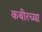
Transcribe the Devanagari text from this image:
कबीरच्या